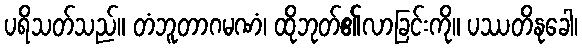
ပရိသတ်သည်။ တံဘူတာဂမဏံ၊ ထိုဘုတ်၏လာခြင်းကို။ ပဿတိနုခေါ၊